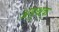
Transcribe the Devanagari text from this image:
अपृथक्